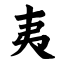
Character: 夷